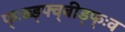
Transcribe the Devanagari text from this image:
फ्ःव्ब्ड्फ्व्बीड्फ्ःव